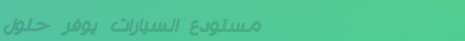
مستودع السيارات يوفر حلول